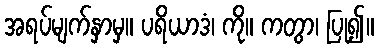
အရပ်မျက်နှာမှ။ ပရိယာဒံ၊ ကို။ ကတွာ၊ ပြု၍။